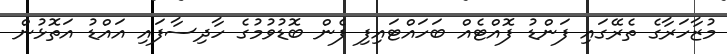
މުޒާހަރާގެ ތެރޭގައި ފަންޑު ފޮއްޓެއް ބަހައްޓައިފި ފެން ބޮޑުވުމުގެ ހާދިސާފައި އައްޑު އަތޮޅުން